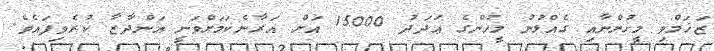
ޒަޚަމްވި މީހުންނާއި ގެއްލުނު މީހުންގެ ޢަދަދު 15000 އަށް އަރާނެކަމަށްވަނީ އަންދާޒާ ކުރެވިފައެވެ.